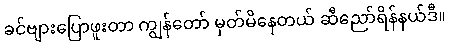
ခင်ဗျားပြောဖူးတာ ကျွန်တော် မှတ်မိနေတယ် ဆီညော်ရိန်နယ်ဒီ။